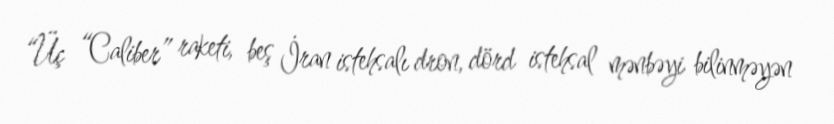
“Üç “Caliber” raketi, beş İran istehsalı dron, dörd istehsal mənbəyi bilinməyən